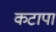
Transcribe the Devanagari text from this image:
कटापा